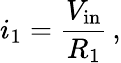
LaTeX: i_{1}={\frac{V_{\mathrm{in}}}{R_{1}}}\, ,